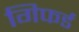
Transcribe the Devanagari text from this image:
गिफर्ड